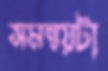
সমন্বয়টা